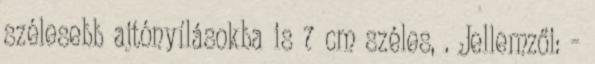
szélesebb ajtónyílásokba is 7 cm széles, . Jellemzői: -